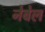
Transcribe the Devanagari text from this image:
नेबेल